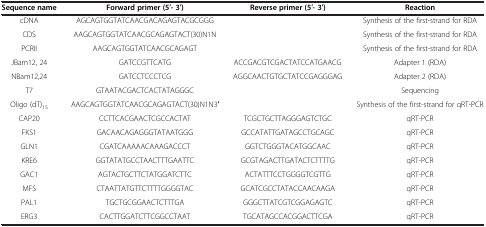
| Sequence name | Forward primer (5′- 3′) | Reverse primer (5′- 3′) | Reaction |
 | --- | --- | --- | --- |
 | cDNA | AGCAGTGGTATCAACGACAGAGTACGCGGG |  | Synthesis of the first-strand for RDA |
 | CDS | AAGCAGTGGTATCAACGCAGAGTACT(30)N1N |  | Synthesis of the first-strand for RDA |
 | PCRII | AAGCAGTGGTATCAACGCAGAGT |  | Synthesis of the first-strand for RDA |
 | JBam12, 24 | GATCCGTTCATG | ACCGACGTCGACTATCCATGAACG | Adapter 1 (RDA) |
 | NBam12,24 | GATCCTCCCTCG | AGGCAACTGTGCTATCCGAGGGAG | Adapter 2 (RDA) |
 | T7 | GTAATACGACTCACTATAGGGC |  | Sequencing |
 | Oligo (dT)15 | AAGCAGTGGTATCAACGCAGAGTACT(30)N1N3′ |  | Synthesis of the first-strand for qRT-PCR |
 | CAP20 | CCTTCACGAACTCGCCACTAT | TCGCTGCTTAGGGAGTCTGC | qRT-PCR |
 | FKS1 | GACAACAGAGGGTATAATGGG | GCCATATTGATAGCCTGCAGC | qRT-PCR |
 | GLN1 | CGATCAAAAACAAAGACCCT | GGTCTGGGTACATGGCAAC | qRT-PCR |
 | KRE6 | GGTATATGCCTAACTTTGAATTC | GCGTAGACTTGATACTCTTTTG | qRT-PCR |
 | GAC1 | AGTACTGCTTCTATGGATCTTC | ACTATTTCCTGGGGTCGTTG | qRT-PCR |
 | MFS | CTAATTATGTTCTTTTGGGGTAC | GCATCGCCTATACCAACAAGA | qRT-PCR |
 | PAL1 | TGCTGCGGAACTCTTTGA | GGGCTTATCGTCGGAGAGTC | qRT-PCR |
 | ERG3 | CACTTGGATCTTCGGCCTAAT | TGCATAGCCACGGACTTCGA | qRT-PCR |